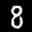
Label: 8